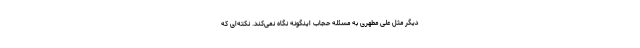
دیگر مثل علی مطهری به مسئله حجاب اینگونه نگاه نمی‌کند. نکته‌ای که